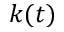
k ( t )